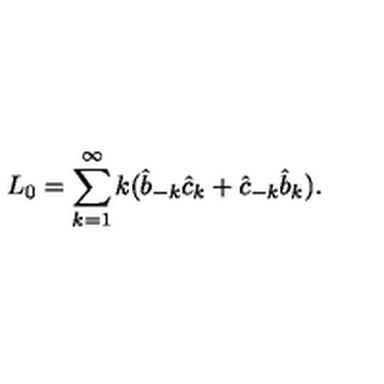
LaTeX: L _ { 0 } = \sum _ { k = 1 } ^ { \infty } k ( \hat { b } _ { - k } \hat { c } _ { k } + \hat { c } _ { - k } \hat { b } _ { k } ) .